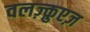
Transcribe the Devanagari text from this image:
वलज़्क़ुएज़